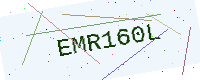
Text: EMR160L